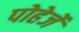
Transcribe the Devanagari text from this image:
पोहेर्जे